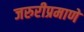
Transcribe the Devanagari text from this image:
जरुरीप्रमाणे